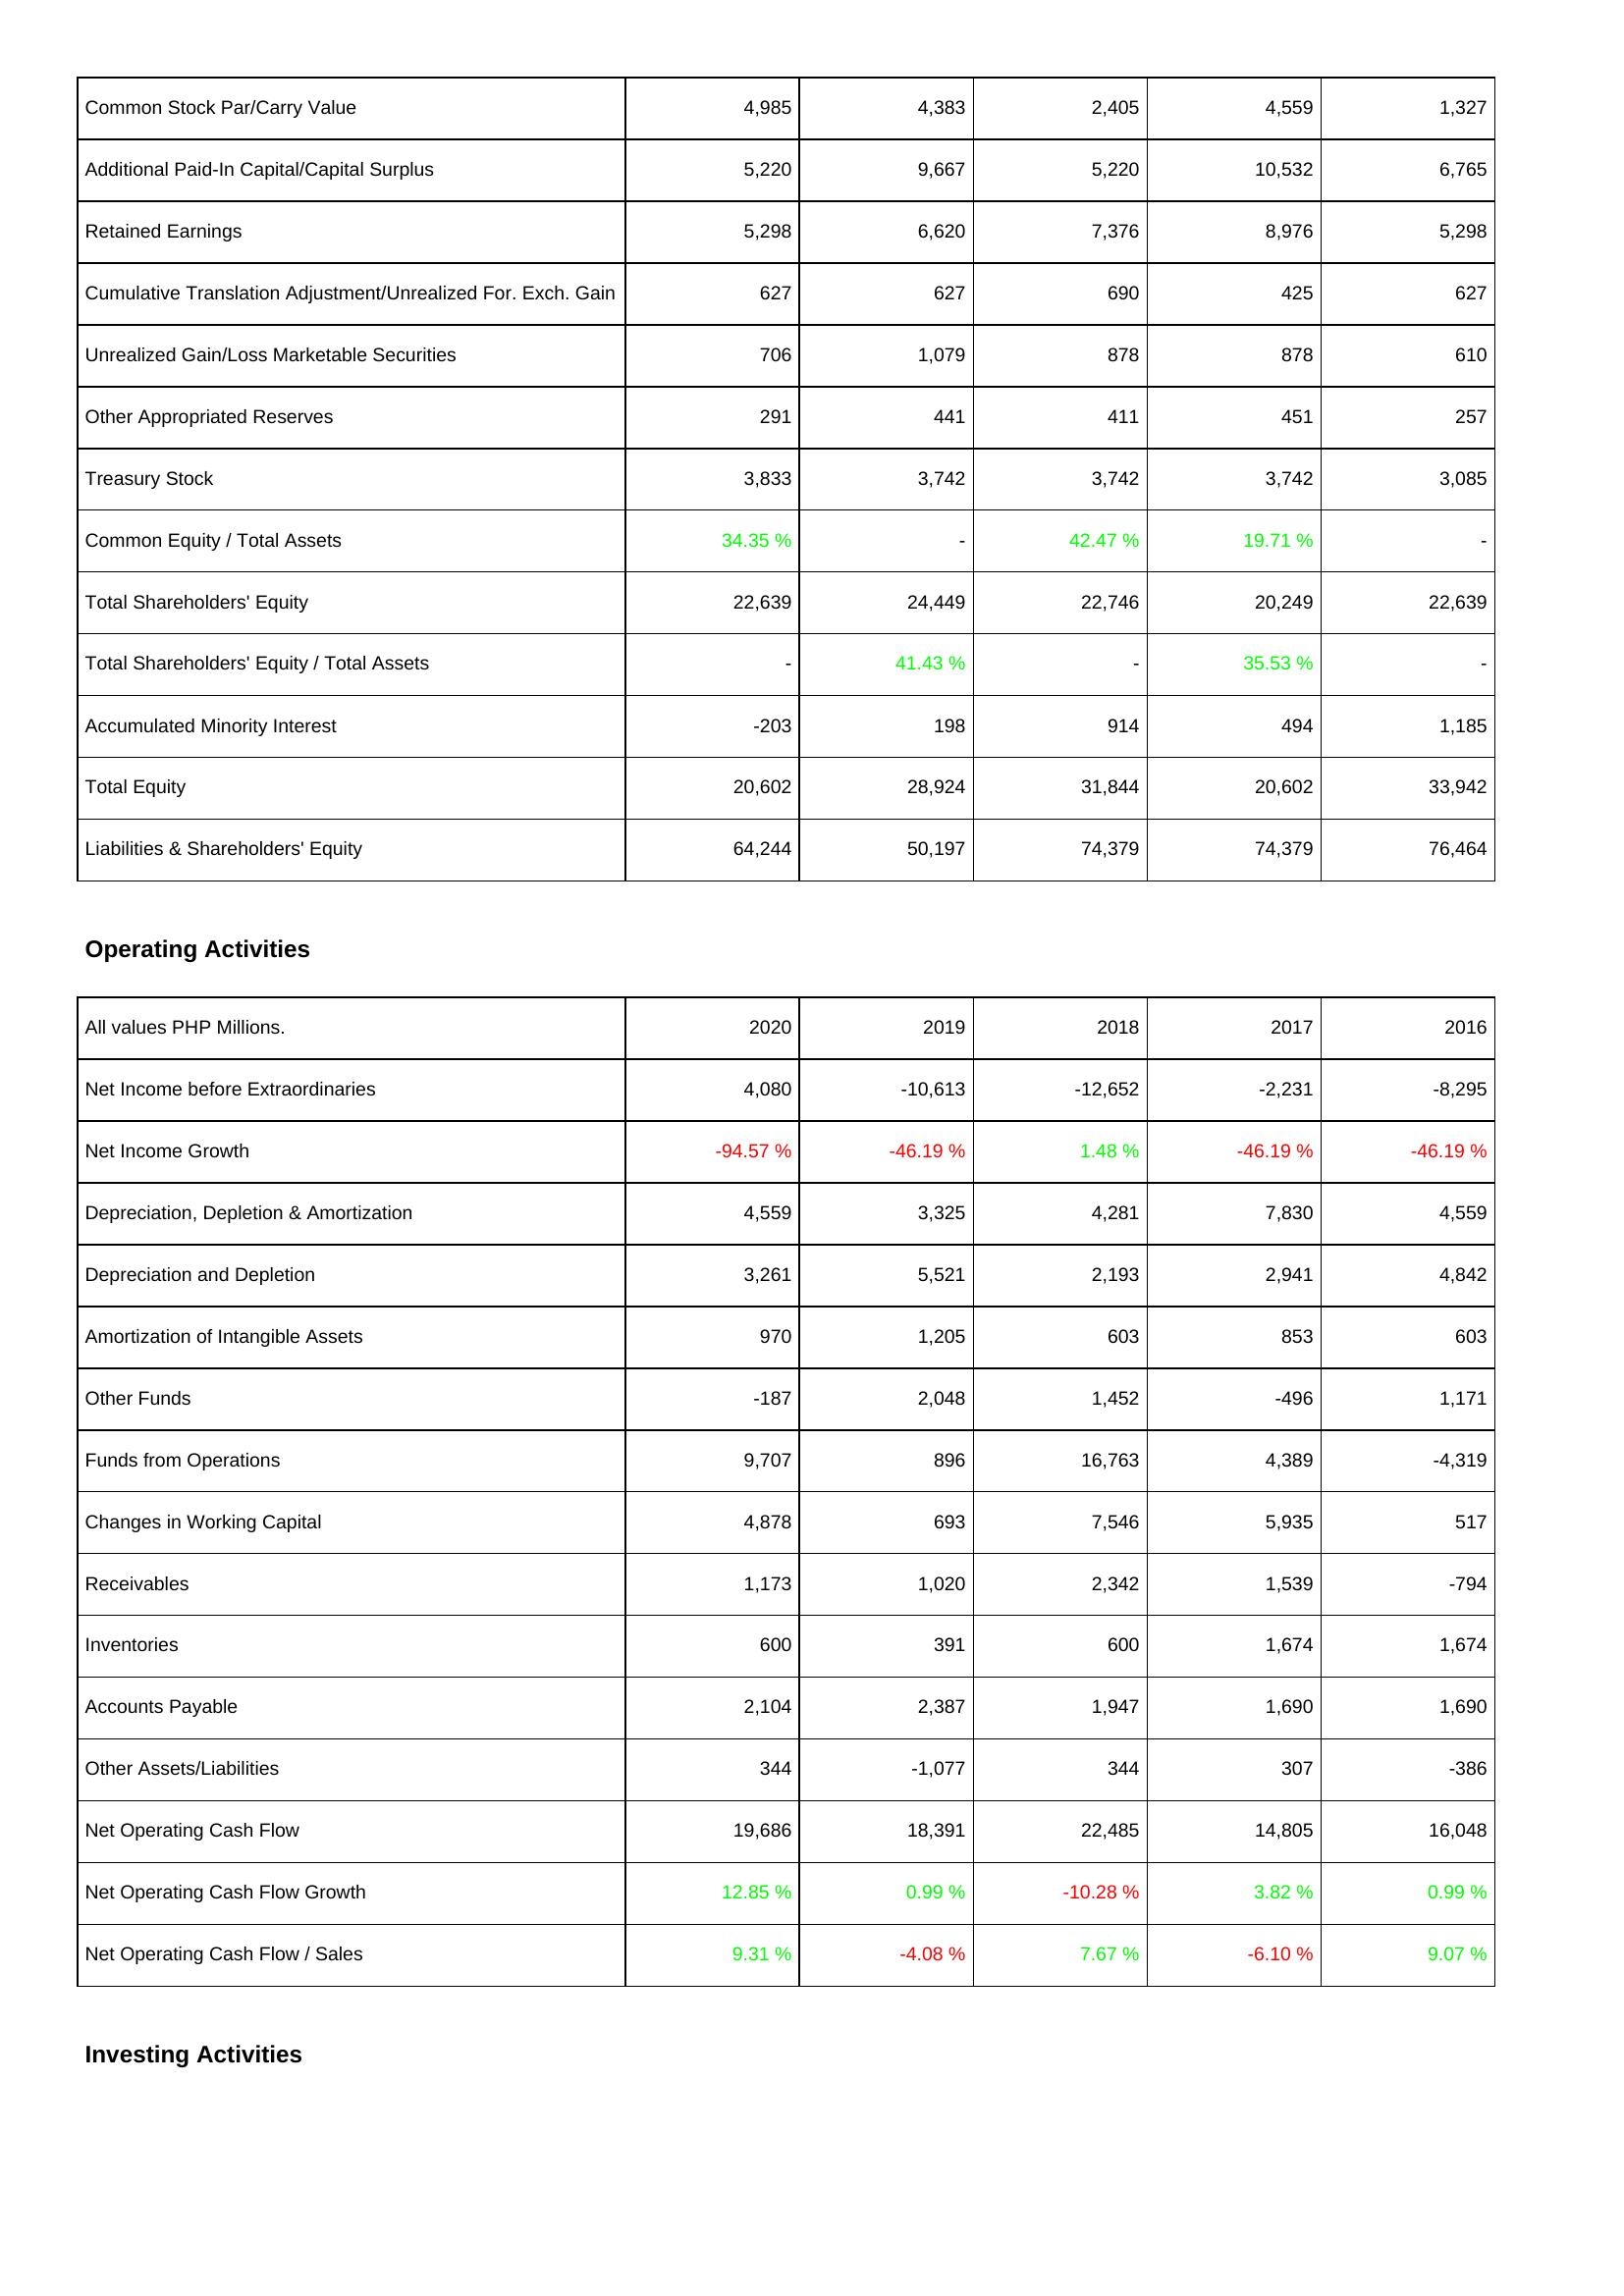
2020: Liabilities & Shareholders' Equity: Common Stock Par/Carry Value: 4,985
Additional Paid-In Capital/Capital Surplus: 5,220
Retained Earnings: 5,298
Cumulative Translation Adjustment/Unrealized For. Exch. Gain: 627
Unrealized Gain/Loss Marketable Securities: 706
Other Appropriated Reserves: 291
Treasury Stock: 3,833
Common Equity / Total Assets: 34.35 %
Total Shareholders' Equity: 22,639
Total Shareholders' Equity / Total Assets: -
Accumulated Minority Interest: -203
Total Equity: 20,602
Liabilities & Shareholders' Equity: 64,244
Operating Activities: Net Income before Extraordinaries: 4,080
Net Income Growth: -94.57 %
Depreciation, Depletion & Amortization: 4,559
Depreciation and Depletion: 3,261
Amortization of Intangible Assets: 970
Other Funds: -187
Funds from Operations: 9,707
Changes in Working Capital: 4,878
Receivables: 1,173
Inventories: 600
Accounts Payable: 2,104
Other Assets/Liabilities: 344
Net Operating Cash Flow: 19,686
Net Operating Cash Flow Growth: 12.85 %
Net Operating Cash Flow / Sales: 9.31 %
2019: Liabilities & Shareholders' Equity: Common Stock Par/Carry Value: 4,383
Additional Paid-In Capital/Capital Surplus: 9,667
Retained Earnings: 6,620
Cumulative Translation Adjustment/Unrealized For. Exch. Gain: 627
Unrealized Gain/Loss Marketable Securities: 1,079
Other Appropriated Reserves: 441
Treasury Stock: 3,742
Common Equity / Total Assets: -
Total Shareholders' Equity: 24,449
Total Shareholders' Equity / Total Assets: 41.43 %
Accumulated Minority Interest: 198
Total Equity: 28,924
Liabilities & Shareholders' Equity: 50,197
Operating Activities: Net Income before Extraordinaries: -10,613
Net Income Growth: -46.19 %
Depreciation, Depletion & Amortization: 3,325
Depreciation and Depletion: 5,521
Amortization of Intangible Assets: 1,205
Other Funds: 2,048
Funds from Operations: 896
Changes in Working Capital: 693
Receivables: 1,020
Inventories: 391
Accounts Payable: 2,387
Other Assets/Liabilities: -1,077
Net Operating Cash Flow: 18,391
Net Operating Cash Flow Growth: 0.99 %
Net Operating Cash Flow / Sales: -4.08 %
2018: Liabilities & Shareholders' Equity: Common Stock Par/Carry Value: 2,405
Additional Paid-In Capital/Capital Surplus: 5,220
Retained Earnings: 7,376
Cumulative Translation Adjustment/Unrealized For. Exch. Gain: 690
Unrealized Gain/Loss Marketable Securities: 878
Other Appropriated Reserves: 411
Treasury Stock: 3,742
Common Equity / Total Assets: 42.47 %
Total Shareholders' Equity: 22,746
Total Shareholders' Equity / Total Assets: -
Accumulated Minority Interest: 914
Total Equity: 31,844
Liabilities & Shareholders' Equity: 74,379
Operating Activities: Net Income before Extraordinaries: -12,652
Net Income Growth: 1.48 %
Depreciation, Depletion & Amortization: 4,281
Depreciation and Depletion: 2,193
Amortization of Intangible Assets: 603
Other Funds: 1,452
Funds from Operations: 16,763
Changes in Working Capital: 7,546
Receivables: 2,342
Inventories: 600
Accounts Payable: 1,947
Other Assets/Liabilities: 344
Net Operating Cash Flow: 22,485
Net Operating Cash Flow Growth: -10.28 %
Net Operating Cash Flow / Sales: 7.67 %
2017: Liabilities & Shareholders' Equity: Common Stock Par/Carry Value: 4,559
Additional Paid-In Capital/Capital Surplus: 10,532
Retained Earnings: 8,976
Cumulative Translation Adjustment/Unrealized For. Exch. Gain: 425
Unrealized Gain/Loss Marketable Securities: 878
Other Appropriated Reserves: 451
Treasury Stock: 3,742
Common Equity / Total Assets: 19.71 %
Total Shareholders' Equity: 20,249
Total Shareholders' Equity / Total Assets: 35.53 %
Accumulated Minority Interest: 494
Total Equity: 20,602
Liabilities & Shareholders' Equity: 74,379
Operating Activities: Net Income before Extraordinaries: -2,231
Net Income Growth: -46.19 %
Depreciation, Depletion & Amortization: 7,830
Depreciation and Depletion: 2,941
Amortization of Intangible Assets: 853
Other Funds: -496
Funds from Operations: 4,389
Changes in Working Capital: 5,935
Receivables: 1,539
Inventories: 1,674
Accounts Payable: 1,690
Other Assets/Liabilities: 307
Net Operating Cash Flow: 14,805
Net Operating Cash Flow Growth: 3.82 %
Net Operating Cash Flow / Sales: -6.10 %
2016: Liabilities & Shareholders' Equity: Common Stock Par/Carry Value: 1,327
Additional Paid-In Capital/Capital Surplus: 6,765
Retained Earnings: 5,298
Cumulative Translation Adjustment/Unrealized For. Exch. Gain: 627
Unrealized Gain/Loss Marketable Securities: 610
Other Appropriated Reserves: 257
Treasury Stock: 3,085
Common Equity / Total Assets: -
Total Shareholders' Equity: 22,639
Total Shareholders' Equity / Total Assets: -
Accumulated Minority Interest: 1,185
Total Equity: 33,942
Liabilities & Shareholders' Equity: 76,464
Operating Activities: Net Income before Extraordinaries: -8,295
Net Income Growth: -46.19 %
Depreciation, Depletion & Amortization: 4,559
Depreciation and Depletion: 4,842
Amortization of Intangible Assets: 603
Other Funds: 1,171
Funds from Operations: -4,319
Changes in Working Capital: 517
Receivables: -794
Inventories: 1,674
Accounts Payable: 1,690
Other Assets/Liabilities: -386
Net Operating Cash Flow: 16,048
Net Operating Cash Flow Growth: 0.99 %
Net Operating Cash Flow / Sales: 9.07 %